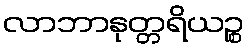
လာဘာနုတ္တရိယဉ္စ